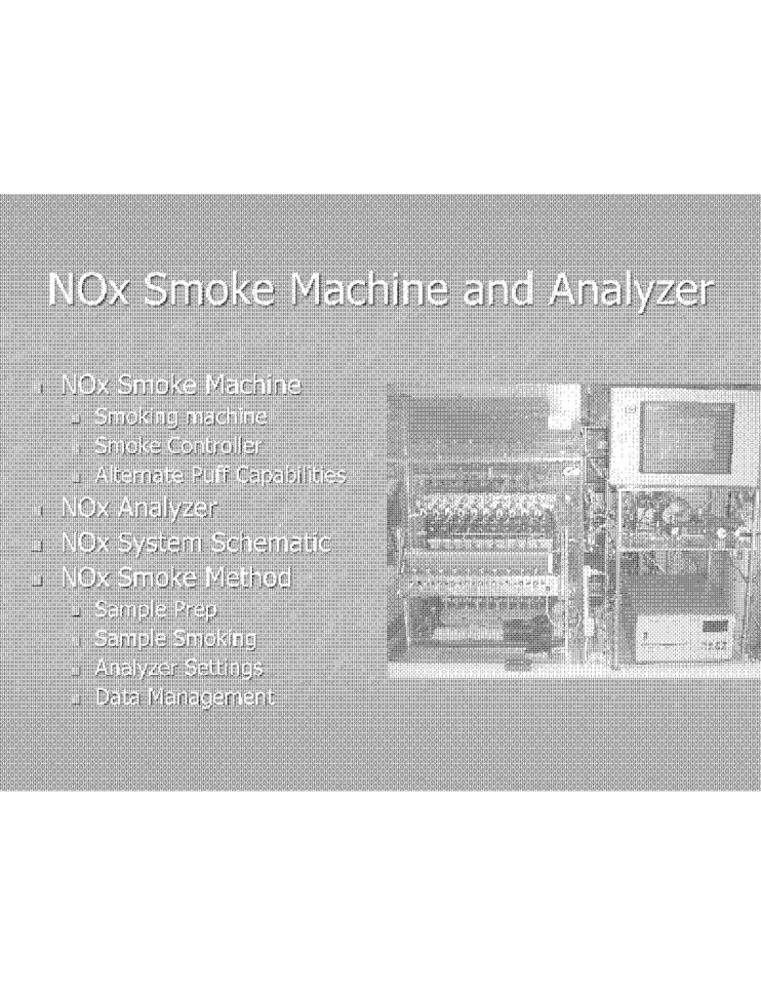
NOx Smoke Machine and Analyzer
NOx Smoke Machine
Smoking machine
Smoke Controller
Alternate Puff Capabilities
NOx Analyzer
NOx System Schematic
. NOx Smoke Method
# Sample Prep
Sample Smoking
Analyzer Settings
Data Management